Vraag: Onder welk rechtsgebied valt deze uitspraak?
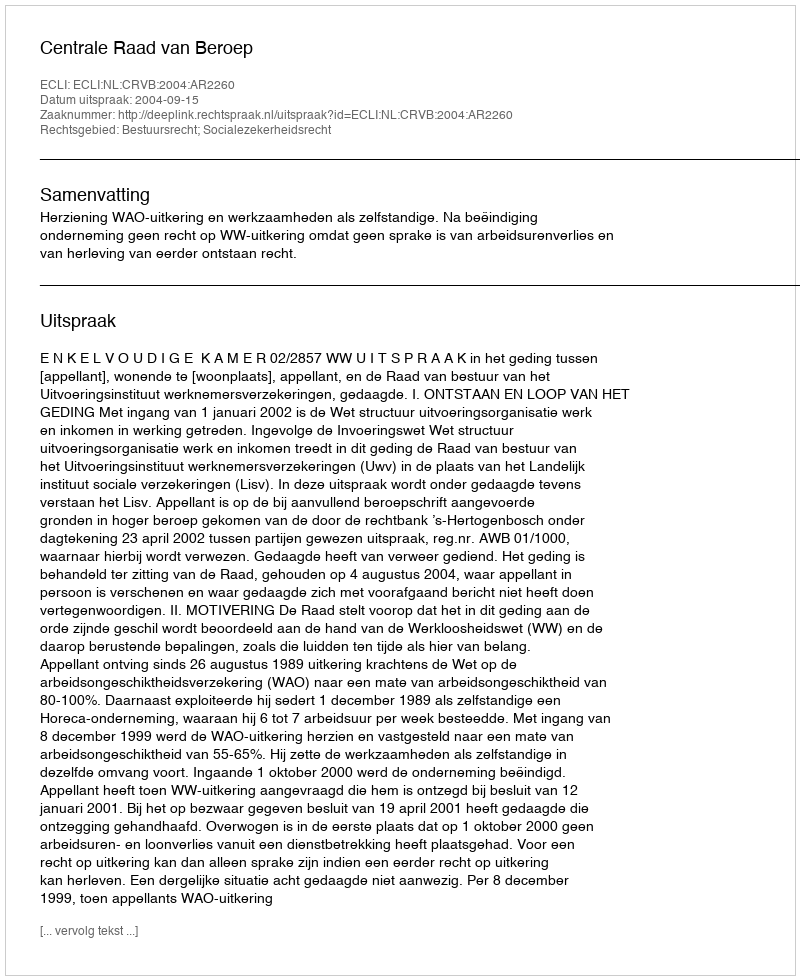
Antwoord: Bestuursrecht; Socialezekerheidsrecht